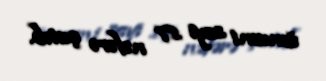
ümumi sayı 17 nəfərə çatıb.